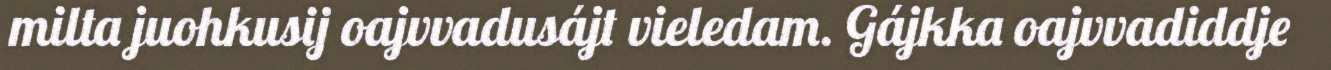
milta juohkusij oajvvadusájt vieledam. Gájkka oajvvadiddje